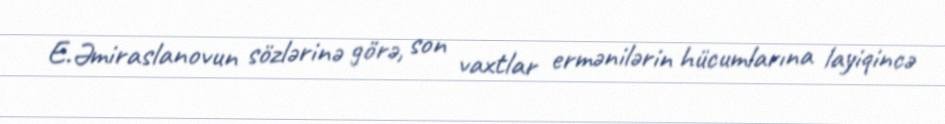
E.Əmiraslanovun sözlərinə görə, son vaxtlar ermənilərin hücumlarına layiqincə